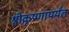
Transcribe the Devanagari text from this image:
श्रीकृष्णापर्यंत